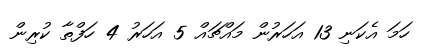
ހަމަ އެކަނި 13 އަހަރުން މައްޗައް 5 އަހަރު 4 ހަފްތާ ކުރިން